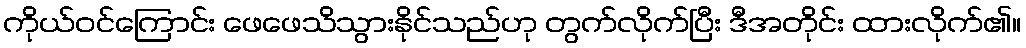
ကိုယ်ဝင်ကြောင်း ဖေဖေသိသွားနိုင်သည်ဟု တွက်လိုက်ပြီး ဒီအတိုင်း ထားလိုက်၏။